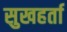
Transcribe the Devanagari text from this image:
सुखहर्ता